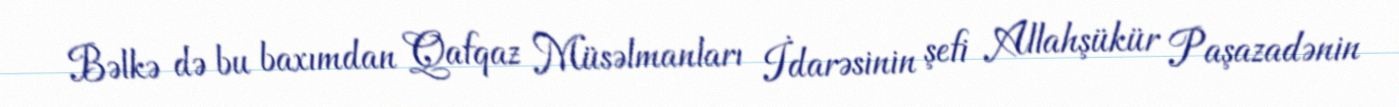
Bəlkə də bu baxımdan Qafqaz Müsəlmanları İdarəsinin şefi Allahşükür Paşazadənin